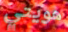
هويتي